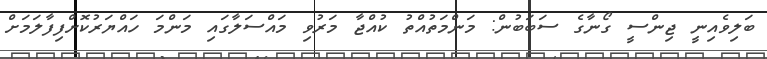
ބަލިވެއިނީ ޖިންސީ ގޯނާގެ ސަބަބުން: މަންމަތުއްތު ކުއްޖާ މަރުވި މައްސަލާގައި މަންމަ ހައްޔަރުކޮށްފިފާލަމަށް